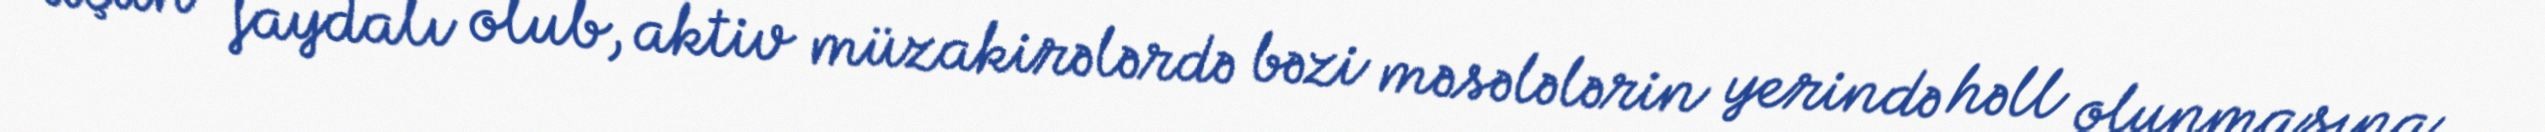
üçün faydalı olub, aktiv müzakirələrdə bəzi məsələlərin yerində həll olunmasına